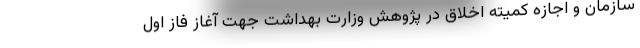
سازمان و اجازه کمیته اخلاق در پژوهش وزارت بهداشت جهت آغاز فاز اول